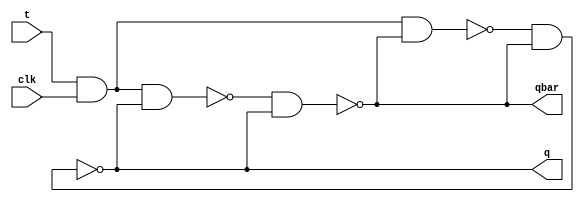
// A t flip-flop which is pulse-triggered can be toggled.
// This has a race condition when clock is high.

module t_flip_flop_gate (
    input       clk,        // Clock
    input       t,          // Inputs
    output      q,          // Output
    output      qbar);      //

    // INTERNAL WIRES
    wire        j, k;
    wire        s, r;

    assign j = t;
    assign k = t;

    // JK FLIP-FLOP -----------------------------------

    // NAND3
    nand (s, j, clk, qbar);

    // NAND4
    nand (r, k, clk, q);

    // SR- LATCH -------------------------------------
    
    // NAND1
    nand (q, s, qbar);

    // NAND2
    nand (qbar, r, q);

endmodule

module t_flip_flop_dataflow (
    input       clk,        // Clock
    input       t,          // Inputs
    output      q,          // Output
    output      qbar);      //

    // INTERNAL WIRES
    wire        s, r;

    // JK FLIP-FLOP -----------------------------------
  
    // NAND3
    assign s = ~(t & clk & qbar);

    // NAND4
    assign r = ~(t & clk & q);

    // SR- LATCH -------------------------------------
    
    // NAND1
    assign q = ~(s & qbar);

    // NAND2
    assign qbar = ~(r & q);

endmodule

module t_flip_flop_behavioral (
    input       clk,        // Clock
    input       t,          // Inputs
    output reg  q,          // Output
    output      qbar);      //

    parameter   HOLD   = 1'b0,
                TOGGLE = 1'b1;

    // INTERNAL WIRES
    assign qbar = ~q;

    always @(posedge clk) begin
        case({t})
            HOLD :    q <= q;
            TOGGLE :  q <= ~q;
        endcase
    end

endmodule